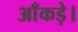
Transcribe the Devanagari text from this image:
आँकड़े।